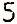
5